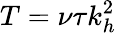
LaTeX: T=\nu\tau k_{h}^{2}